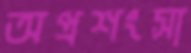
অপ্রশংসা